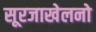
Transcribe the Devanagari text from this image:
सूरजाखेलनो